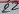
Text: 22